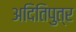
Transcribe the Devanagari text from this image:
अदितिपुत्र